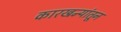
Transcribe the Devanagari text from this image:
कारखन्यांतून